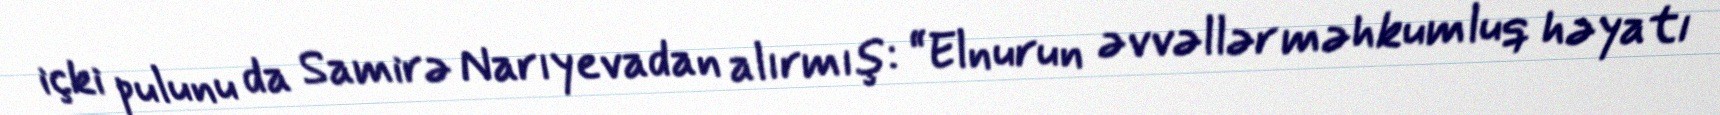
içki pulunu da Samirə Narıyevadan alırmış: “Elnurun əvvəllər məhkumluq həyatı